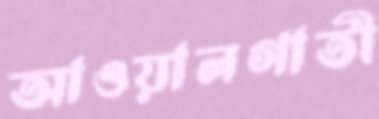
আওয়ালগাতী